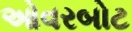
ઓવરબોટ